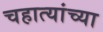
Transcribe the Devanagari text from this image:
चहात्यांच्या